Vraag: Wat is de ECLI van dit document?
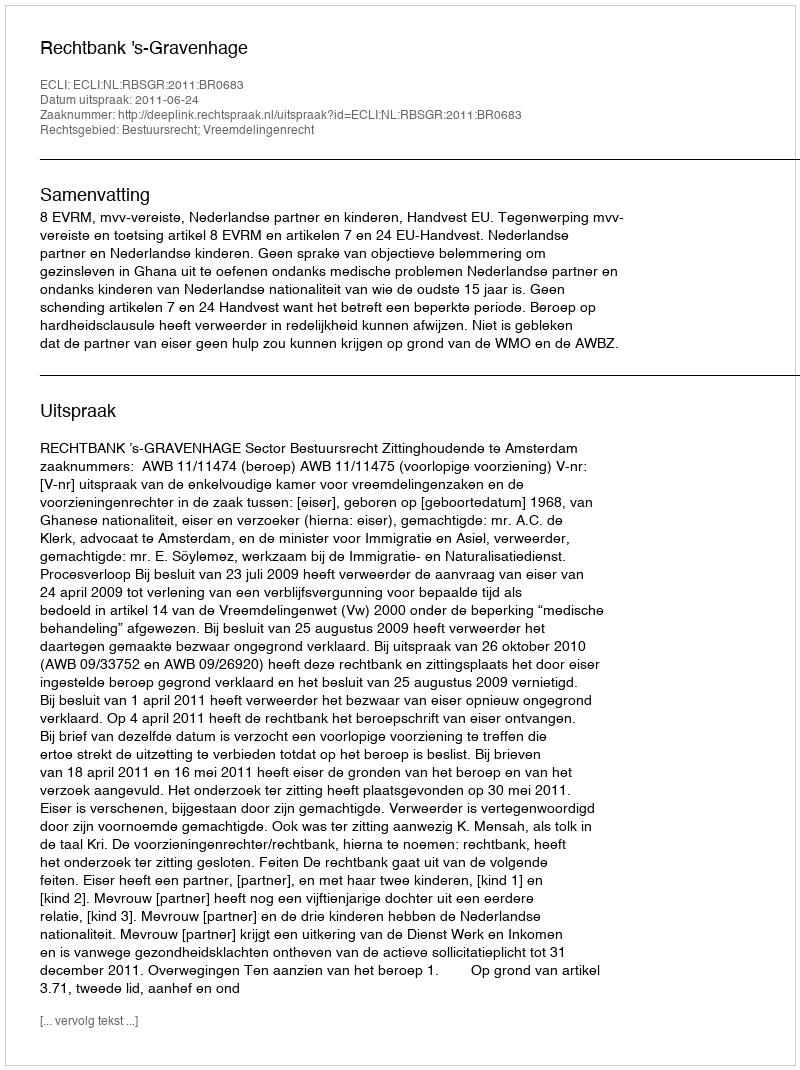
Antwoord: ECLI:NL:RBSGR:2011:BR0683